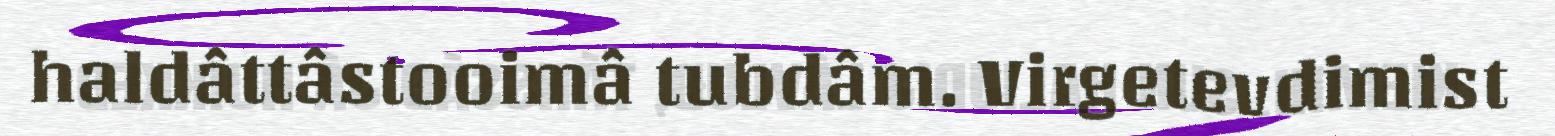
haldâttâstooimâ tubdâm. Virgetevdimist